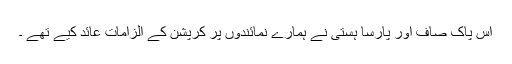
اس پاک صاف اور پارسا ہستی نے ہمارے نمائندوں پر کرپشن کے الزامات عائد کیے تھے ۔